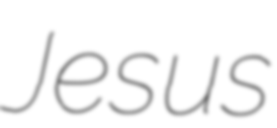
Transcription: Jesus